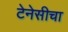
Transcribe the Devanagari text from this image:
टेनेसीचा